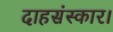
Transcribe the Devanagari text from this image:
दाहसंस्कार।